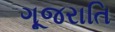
ગૂજરાતિ